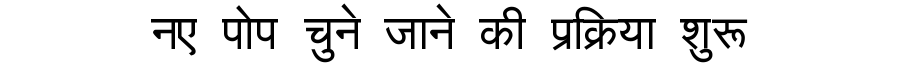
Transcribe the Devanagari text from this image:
नए पोप चुने जाने की प्रक्रिया शुरू